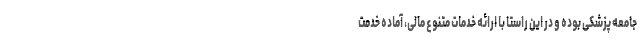
جامعه پزشکی بوده و در این راستا با ارائه خدمات متنوع مالی، آماده خدمت